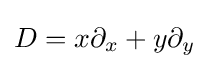
D=x\partial _{x}+y\partial _{y}